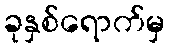
ခုနှစ်ရောက်မှ